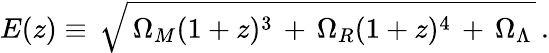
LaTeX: E(z)\equiv\, \sqrt{\, \Omega_{M}(1+z)^{3}\, +\, \Omega_{R}(1+z)^{4}\, +\, \Omega_{\Lambda}\, }\, .